Report on the administration of the Government Cinchona Department 1892-98
Year: 1892
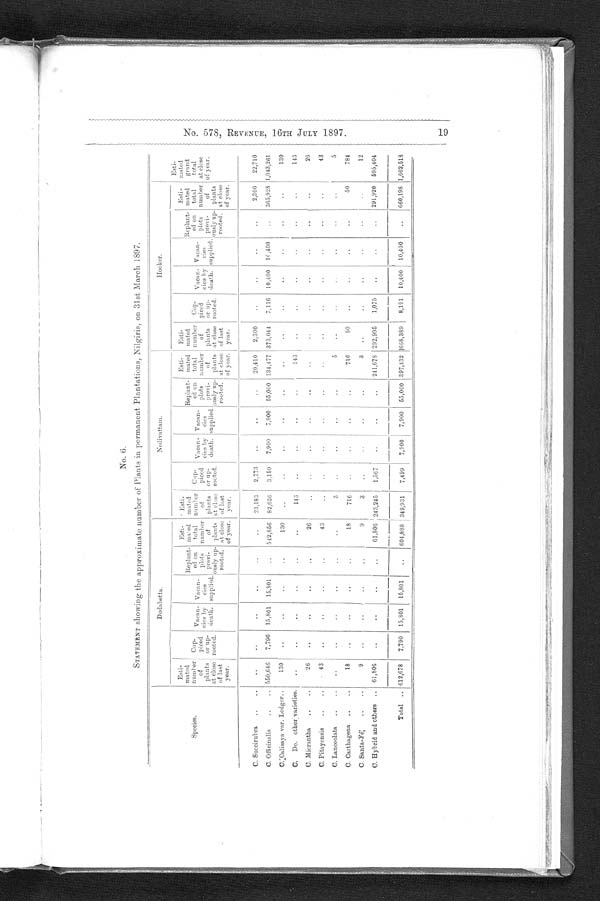
No. 6.
STATEMENT showing the approximate number of Plants in permanent Plantations, Nilgiris, o
n
31st March 1897.
Dodabetta.
Nedivattam.
H o o k e r .
Species.
Esti-
mated I
num her
of
plants
at close
of last
year.
Cop.
piced
or up-
rooted.
Vacan-
c i e s b y
d e a t h .
V a c a n -
c i e s
s u p p l i e d .
Replant-
e d o n
p l o t s
p r e v i -
o u s l y u p -
r o o t e d .
Esti-
m a t e d
total
number
o f
p l a n t s
at close
of year.
Esti-
mated
n u m b e r
o f
p l a n t s
a t c l o s e
o f l a s t
y e a r .
C o p -
p i c e d
o r u p -
r o o t e d .
V a c a n -
c i e s b y
d e a t h .
V a c a n -
c i e s
s u p p l i e d .
R e p l a n t -
e d o n
p l o t s
p r e v i -
o u s l y u p -
r o o t e d .
Esti-
m a t e d
t o t a l
n u m b e r
o f
p l a n t s
a t c l o s e
o f y e a r .
E s t i -
m a t e d
n u m b e r
o f
p l a n t s
a t c l o s e
o f l a s t
y e a r .
C o p -
p i c e d
o r u p -
r o o t e d .
V a c a n -
c i e s b y
d e a t h .
V a c a n -
c i e d
s u p p l i e d .
Replant- ed on
plots previ- ously up-
r o o t e d
Esti-
mated total number of plants at close
o f y e a r
.
E s t i -
m a t e d
g r a n d
t o t a l
a t c l o s e
o f y e a r .
C. Succirubra
..
..
..
. .
. .
..
..
..
23,183
2,773
. .
..
..
2 0 , 4 1 0
2,300
. .
..
..
..
2,300
22,710
C. Officinalis
..
.. 550,646
7,790
15,801
15,801
. .
5 4 2 , 8 5 6
82,636
3,159
7,900
7,900
55,000 134,477
3 7 3 , 0 4 4 7,116
10,400
10,400
..
365,928 1,043,261
C. Calisaya var. Ledger ..
130
. .
. .
..
..
130
. .
..
..
..
. .
. .
. .
..
..
..
..
. . 130
C. Do. other varieties.
..
. .
. .
. .
..
..
1 4 3
. .
. .
. .
. .143
..
..
. .
..
..
..
143
C. Micrantha
..
..
26
..
..
. .
. . 26
. .
..
..
. .
. .
. .
. .
. .
. .
. .
. .
. . 26
C. Pitayensis
..
..
43
. .
.
. .
..
43
. .
. .
..
..
..
. . ..
. .
. .
. .
. .
. . 43
C. Lanceolata
..
..
. .
. .
..
. .
. .
. .
5
. . ..
..
..
5
..
..
. .
. .
. .
. . 5
C. Carthagena ..
..
18
. .
. .
. .
. . 18
716
. . ..
..
..
716
50
..
..
..
. . 50
784
C. Santa-Fé
..
..
9
..
..
. .
..
9
3
..
..
..
..
3
..
..
..
..
. .
. .
12
C. Hybrid and others .. 61,806
. .
. .
. . ..
6 1 , 8 0 6
243,245
1,567
..
..
. .
241,678
2 9 2 , 9 9 5
1,075
..
..
..
291,920 595,404
Total ..
612,678
7,790
15,801 15,801
. .
604,888 349,931
7,499
7,900
7,900
55,000 397,432
6 6 8 , 3 8 9
8,191
10,400
10,400
..
660,198
1 , 6 6 2 , 5 1 8